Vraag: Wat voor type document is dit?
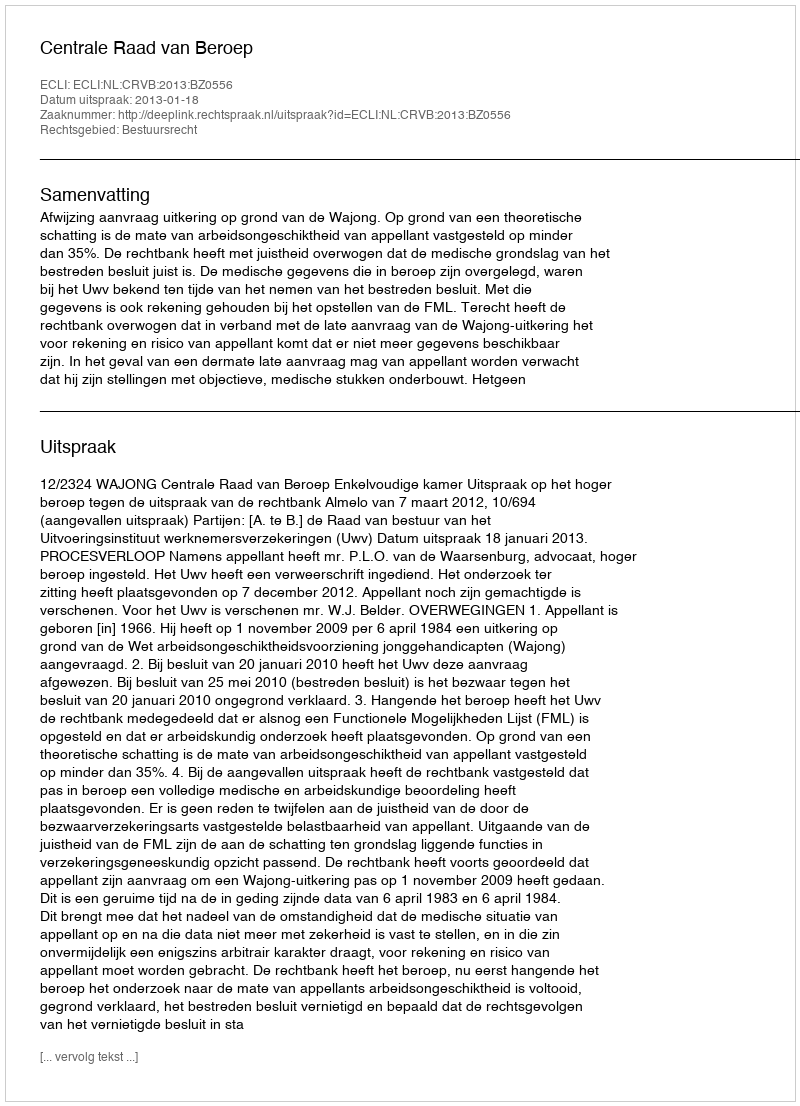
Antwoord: Uitspraak